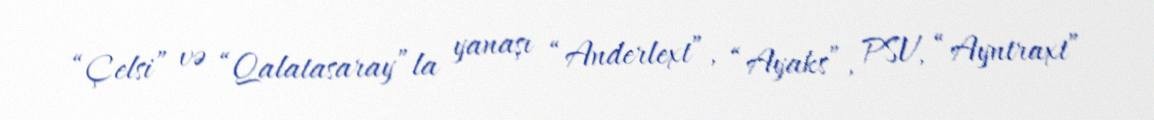
“Çelsi” və “Qalatasaray”la yanaşı “Anderlext”, “Ayaks”, PSV, “Ayntraxt”